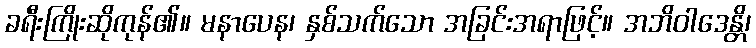
ခရီးကြိုးဆိုကုန်၏။ မနာပေန၊ နှစ်သက်သော အခြင်းအရာဖြင့်။ အဘိဝါဒေန္တိ၊